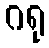
ဂရု